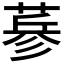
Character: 𦷇